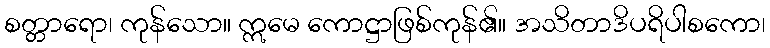
စတ္တာရော၊ ကုန်သော။ ဣမေ ကောဋ္ဌာဖြစ်ကုန်၏။ အသိတာဒိပရိပါစကော၊